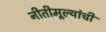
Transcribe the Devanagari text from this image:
नीतीमूल्यांची